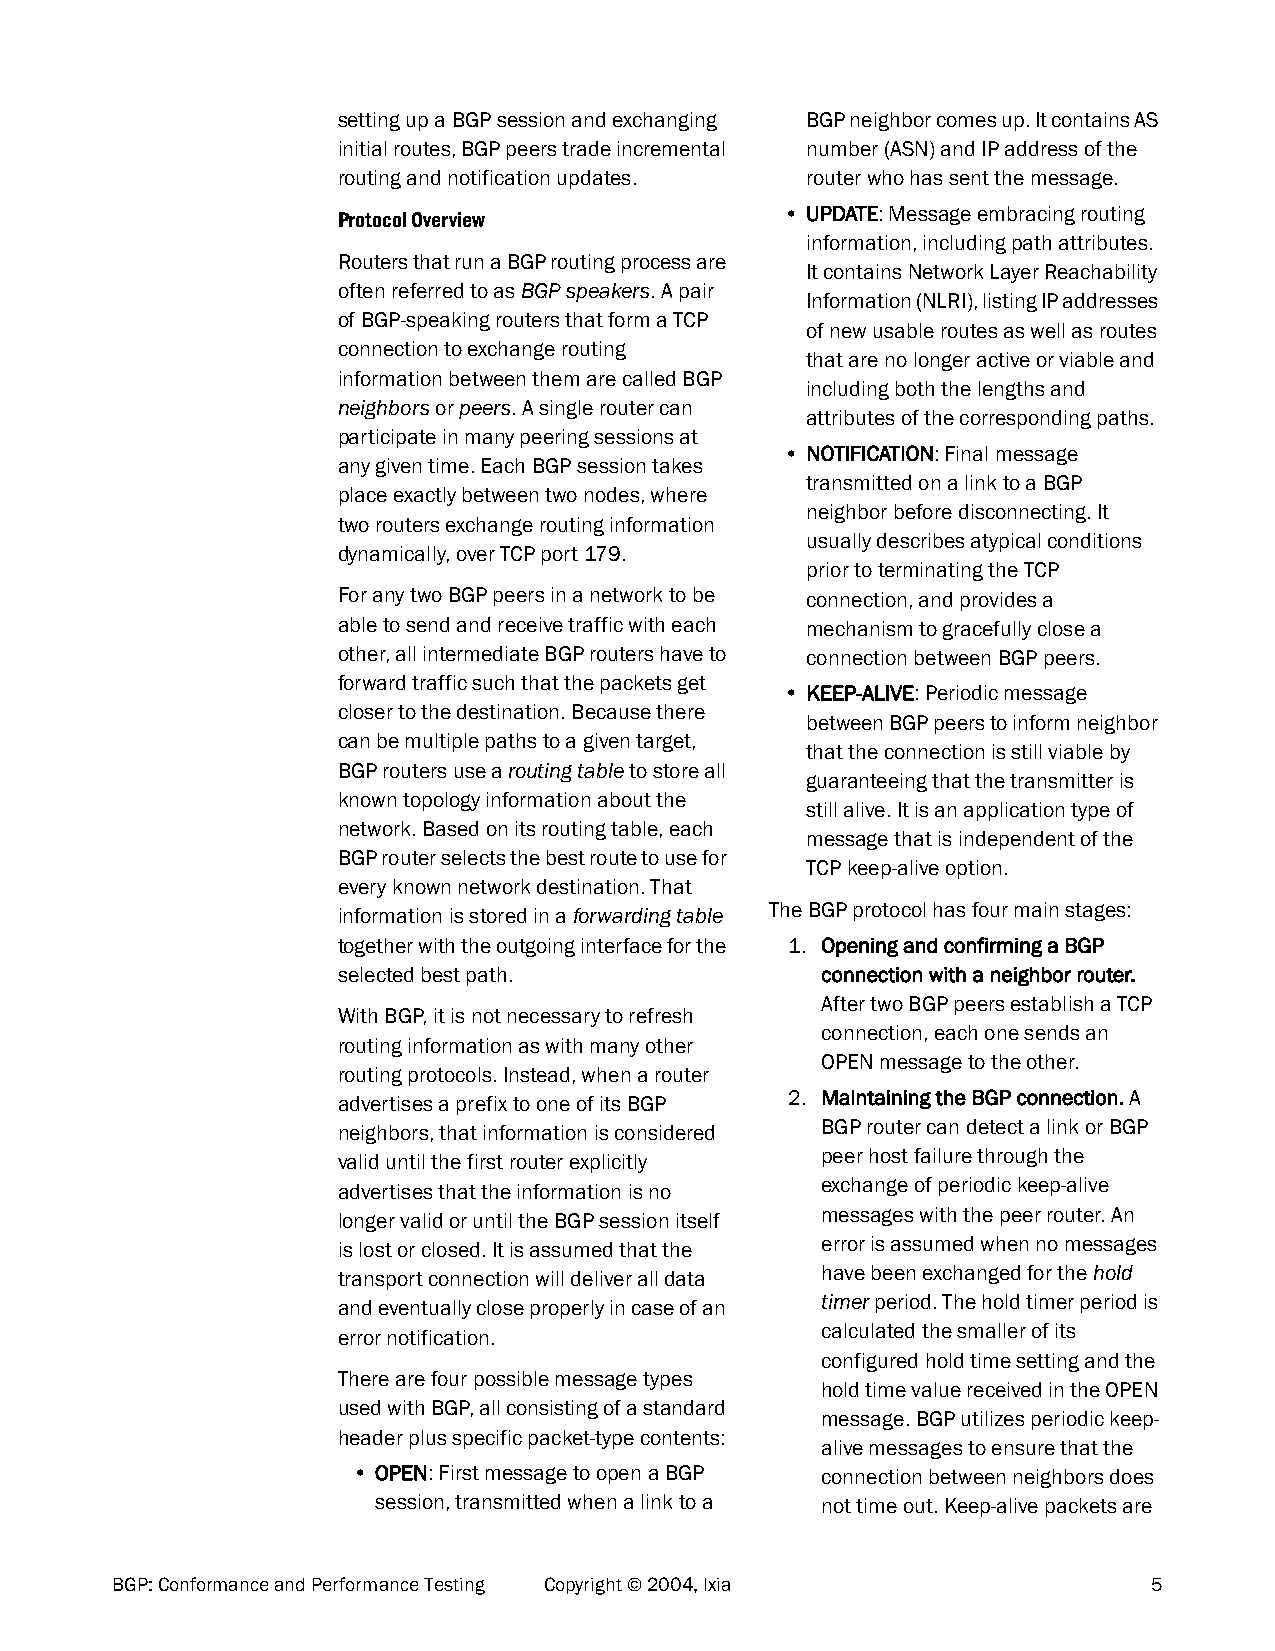
setting up a BGP session and exchanging BGP neighbor comes up. It contains AS
 initial routes, BGP peers trade incremental number (ASN) and IP address of the
 routing and notification updates. router who has sent the message.
 • UPDATE: Message embracing routing
 Protocol Overview
 information, including path attributes.
 Routers that run a BGP routing process are
 It contains Network Layer Reachability
 often referred to as BGP speakers. A pair
 Information (NLRI), listing IP addresses
 of BGP-speaking routers that form a TCP
 of new usable routes as well as routes
 connection to exchange routing
 that are no longer active or viable and
 information between them are called BGP
 including both the lengths and
 neighbors or peers. A single router can
 attributes of the corresponding paths.
 participate in many peering sessions at
 • NOTIFICATION: Final message
 any given time. Each BGP session takes
 transmitted on a link to a BGP
 place exactly between two nodes, where
 neighbor before disconnecting. It
 two routers exchange routing information
 usually describes atypical conditions
 dynamically, over TCP port 179.
 prior to terminating the TCP
 For any two BGP peers in a network to be connection, and provides a
 able to send and receive traffic with each mechanism to gracefully close a
 other, all intermediate BGP routers have to connection between BGP peers.
 forward traffic such that the packets get
 • KEEP-ALIVE: Periodic message
 closer to the destination. Because there
 between BGP peers to inform neighbor
 can be multiple paths to a given target,
 that the connection is still viable by
 BGP routers use a routing table to store all
 guaranteeing that the transmitter is
 known topology information about the
 still alive. It is an application type of
 network. Based on its routing table, each
 message that is independent of the
 BGP router selects the best route to use for
 TCP keep-alive option.
 every known network destination. That
 The BGP protocol has four main stages:
 information is stored in a forwarding table
 together with the outgoing interface for the 1. Opening and confirming a BGP
 selected best path.             connection with a neighbor router.
 After two BGP peers establish a TCP
 With BGP, it is not necessary to refresh
 connection, each one sends an
 routing information as with many other
 OPEN message to the other.
 routing protocols. Instead, when a router
 2. Maintaining the BGP connection. A
 advertises a prefix to one of its BGP
 BGP router can detect a link or BGP
 neighbors, that information is considered
 peer host failure through the
 valid until the first router explicitly
 exchange of periodic keep-alive
 advertises that the information is no
 messages with the peer router. An
 longer valid or until the BGP session itself
 error is assumed when no messages
 is lost or closed. It is assumed that the
 have been exchanged for the hold
 transport connection will deliver all data
 timer period. The hold timer period is
 and eventually close properly in case of an
 calculated the smaller of its
 error notification.
 configured hold time setting and the
 There are four possible message types
 hold time value received in the OPEN
 used with BGP, all consisting of a standard
 message. BGP utilizes periodic keep-
 header plus specific packet-type contents:
 alive messages to ensure that the
 • OPEN: First message to open a BGP connection between neighbors does
 session, transmitted when a link to a not time out. Keep-alive packets are
 BGP: Conformance and Performance Testing Copyright © 2004, Ixia      5